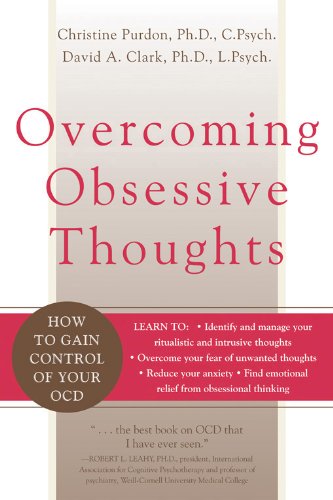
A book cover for Overcoming Obsessive Thoughts: How to Gain Control of Your OCD; David A. Clark; Health, Fitness & Dieting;